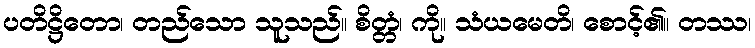
ပတိဋ္ဌိတော၊ တည်သော သူသည်။ စိတ္တံ၊ ကို။ သံယမေတိ၊ စောင့်၏။ တဿ၊